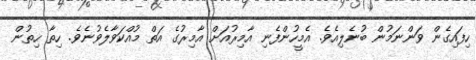
ހިފައިގެން ވަންނަމުން ބުނެލިއެވެ. އެމީހުންފެނި އާމިރުއަށް އާމިރުގެ އަތް މުއްކަވާލެވުނެވެ. ހިތާ ހިތުން